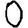
Digit: 0